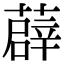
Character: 薜